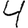
Digit: 4